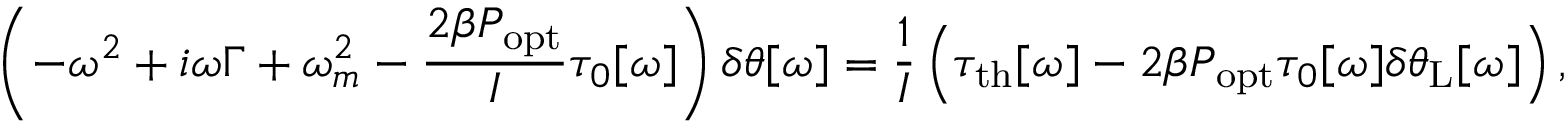
\left( - \omega ^ { 2 } + i \omega \Gamma + \omega _ { m } ^ { 2 } - \frac { 2 \beta P _ { \mathrm { o p t } } } { I } \tau _ { 0 } [ \omega ] \right) \delta \theta [ \omega ] = \frac { 1 } { I } \left( \tau _ { \mathrm { { t h } } } [ \omega ] - 2 \beta P _ { \mathrm { o p t } } \tau _ { 0 } [ \omega ] \delta \theta _ { \mathrm { L } } [ \omega ] \right) ,